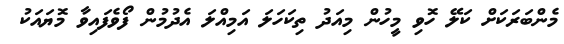
މެންބަރަކަށް ކަލޭ ހޮވި މީހުން މިއަދު ތިކަހަލަ އަމިއްލަ އެދުމުން ފޯވެފައިވާ މޮޔައަކު